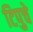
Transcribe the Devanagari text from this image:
टिपुचे